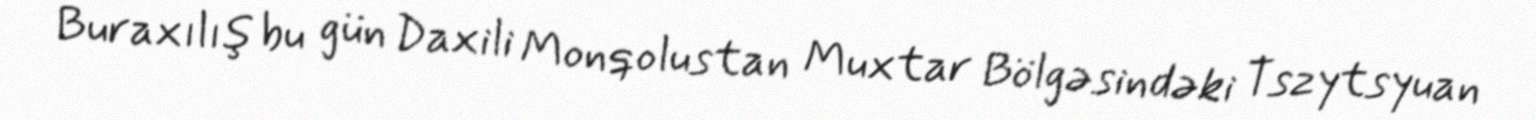
Buraxılış bu gün Daxili Monqolustan Muxtar Bölgəsindəki Tszytsyuan